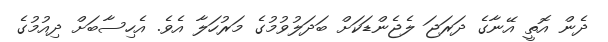
ދެން އޮތީ އޭނާގެ ދަރަޖަ ލެޖެންޑަކަށް ބަދަލުވުމުގެ މަރުހަލާ އެވެ. އެހިސާބަށް ދިއުމުގެ